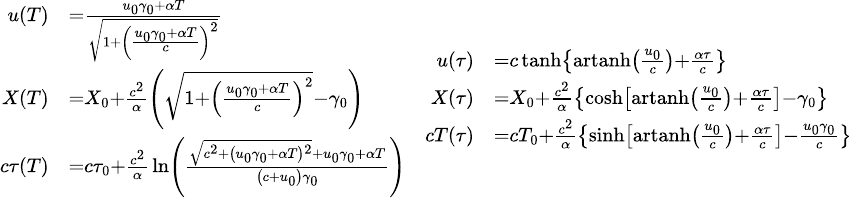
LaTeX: \scriptstyle{\begin{array}{cc}{{\begin{array}{rl}{u(T)}&{{}={\frac{u_{0}\gamma_{0}+\alpha T}{\sqrt{1+\left({\frac{u_{0}\gamma_{0}+\alpha T}{c}}\right)^{2}}}}\quad}\\ {X(T)}&{{}=X_{0}+{\frac{c^{2}}{\alpha}}\left({\sqrt{1+\left({\frac{u_{0}\gamma_{0}+\alpha T}{c}}\right)^{2}}}-\gamma_{0}\right)}\\ {c\tau(T)}&{{}=c\tau_{0}+{\frac{c^{2}}{\alpha}}\ln\left({\frac{{\sqrt{c^{2}+\left(u_{0}\gamma_{0}+\alpha T\right){}^{2}}}+u_{0}\gamma_{0}+\alpha T}{\left(c+u_{0}\right)\gamma_{0}}}\right)}\end{array}}}&{{\begin{array}{rl}{u(\tau)}&{{}=c\operatorname{tanh}\left\{ \operatorname{artanh}\left({\frac{u_{0}}{c}}\right)+{\frac{\alpha\tau}{c}}\right\} }\\ {X(\tau)}&{{}=X_{0}+{\frac{c^{2}}{\alpha}}\left\{ \cosh\left[\operatorname{artanh}\left({\frac{u_{0}}{c}}\right)+{\frac{\alpha\tau}{c}}\right]-\gamma_{0}\right\} }\\ {cT(\tau)}&{{}=cT_{0}+{\frac{c^{2}}{\alpha}}\left\{ \sinh\left[\operatorname{artanh}\left({\frac{u_{0}}{c}}\right)+{\frac{\alpha\tau}{c}}\right]-{\frac{u_{0}\gamma_{0}}{c}}\right\} }\end{array}}}\end{array}}